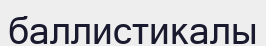
баллистикалы